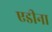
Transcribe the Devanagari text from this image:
एडीना